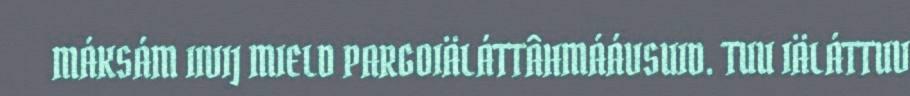
MÁKSÁM IIVIJ MIELD PARGOIÄLÁTTÂHMÁÁVSUID. TUU IÄLÁTTUV